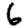
Digit: 6